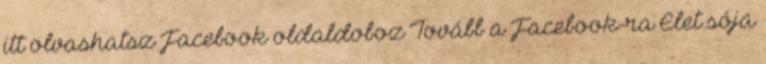
itt olvashatsz Facebook oldaldoboz Tovább a Facebook-ra Élet sója